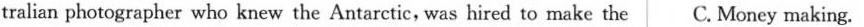
tralian photographer who knew the Antarctic, was hired to make the C. Money making.